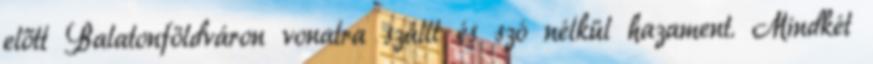
előtt Balatonföldváron vonatra szállt és szó nélkül hazament. Mindkét